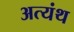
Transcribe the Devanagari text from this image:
अत्यंथ